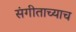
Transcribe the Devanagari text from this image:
संगीताच्याच